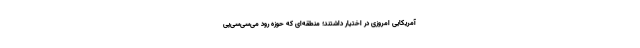
آمریکایی امروزی در اختیار داشتند؛ منطقه‌ای که حوزه رود می‌سی‌سی‌پی